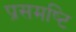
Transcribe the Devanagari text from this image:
प्रसमष्‍टि